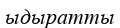
ыдыратты